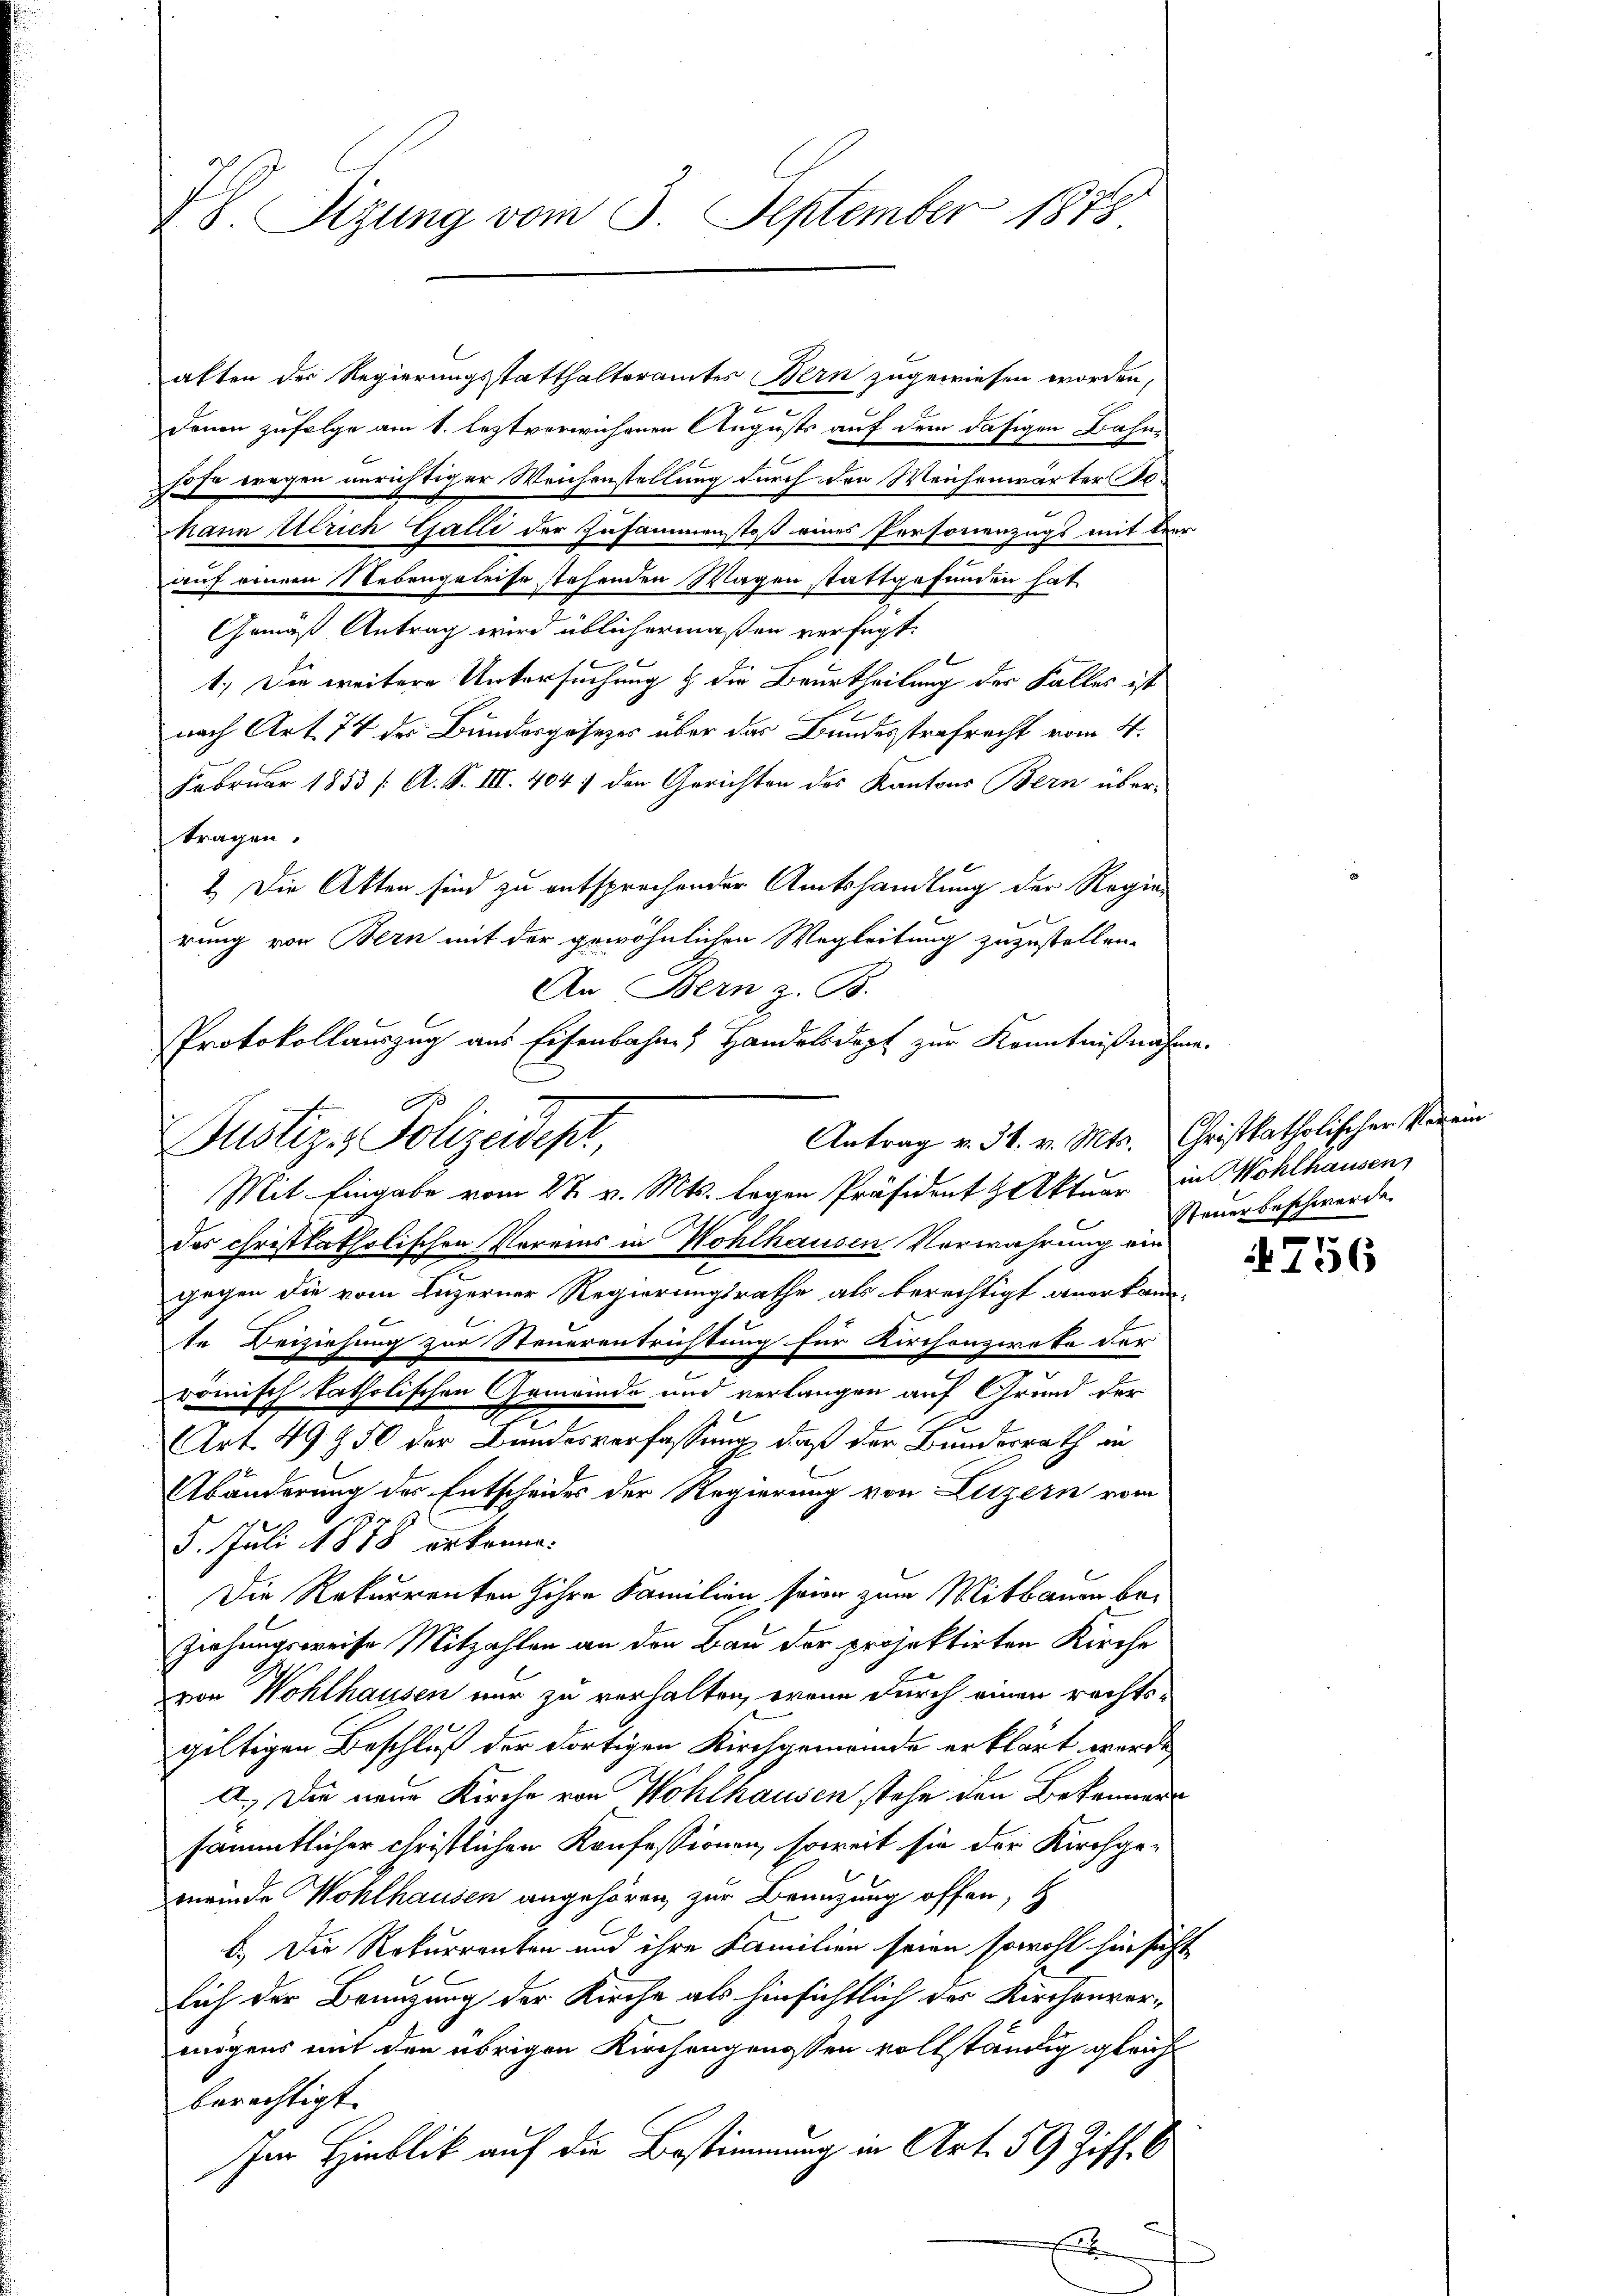
alten der Regierungsstatthalteramtes Bern zugewiesen worden,
Denen zufolge am 1. leztverwichenen Augusts auf dem dasigen Bahn-
hofe wegen anrichtiger Weichenstellung durch den Weichenwärter Jo¬
Mann Ulrich Gatti der Zusammenstoß eines Personenzugs mit der
auf einem Nebengeleise stehenden Wagen stattgefunden hat
Gemäß Antrag wird üblichermaßen verfügt:
1.) Die weitere Untersuchung & die Beurtheilung der Falles ist
nach Art. 74 des Bundergesezes über das Bundesstrafrecht vom 4.
Februar 1853 /: A. S. III. 4047 den Gerichten des Kantons Bern übertragen.
2.) Die Atten sind zu entsprechender Amtshandlung der Regierung von Bern mit der gewöhnlichen Wegleitung zuzustellen.
An Bern z. B.
Protokollauszug aus Eisenbahnen Handelsdopf zur Kenntnißnahme

IV. Sizung vom 3. September 1878.

A
Antrag v. 31. v. Mts. Christkatholischer Verein
Justiz- Polizeidest,
Mit Eingabe vom 27. v. Mts. legen Präsident H. Aktuar in Wohlhausen,

des christkatholischen Voreins in Wohlhausen Verwahrung ein
gegen die vom Luzerner Regierungsrathe als berechtigt anerkannte Beiziehung zur Steuerentrichtung für Kirchenzirote der
römisch katholischen Gemeinde und verlangen auf Grund der
Art. 49850 der Bundesverfassung, daß der Bundesrath an
u
Abänderung des Entscheides der Regierung von Luzern vom
5. Juli 1878 erkenne.
Die Rekurrenten Zöhre Familien seine zum Mitbaurin be¬
Ziehungsweise Mitzahlen an den Bau der projektirten Kirche
von Wohlhausen nur zu verhalten, wenn durch einen rechts-
gültigen Beschluß der dortigen Kirchgemeinde erklärt werde
A.) Die neue Kirche von Wohlhausen stehe den Bekenners
sämmtlicher christlichen Konfessionen, soweit sie der Kirchgemeinde Wohlhausen angehören, zur Benuzung offen,
b. Die Rekurrenten und ihre Familien seien sowohl hinsicht
sich der Brenzung der Kirche als hinsichtlich der Kirchenvermögens mit den übrigen Kirchengenossen vollständig gleich
berechtigt.
Im Hinblick auf die Bestimmung in Art. 59 Ziff. S
x

Steuerbeschwerde

4756